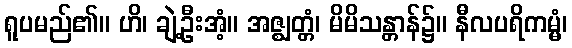
ရူပမည်၏။ ဟိ၊ ချဲ့ဦးအံ့။ အဇ္ဈတ္တံ၊ မိမိသန္တာန်၌။ နီလပရိကမ္မံ၊